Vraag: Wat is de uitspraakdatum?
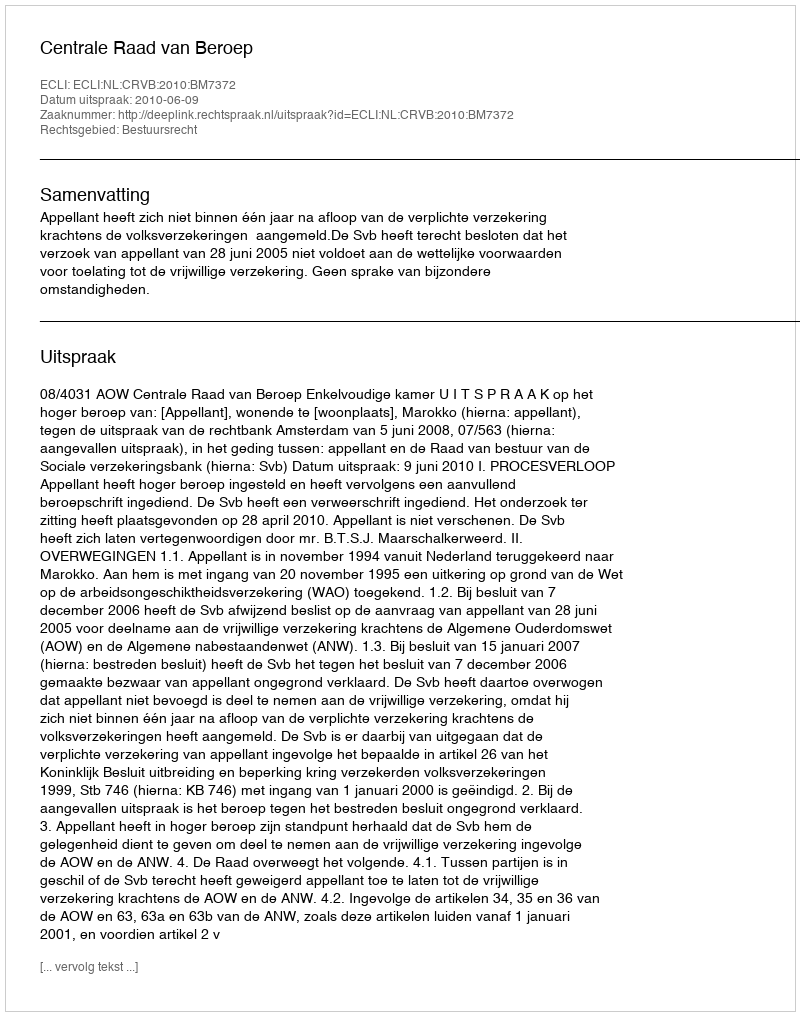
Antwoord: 2010-06-09